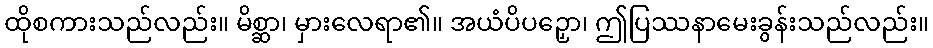
ထိုစကားသည်လည်း။ မိစ္ဆာ၊ မှားလေရာ၏။ အယံပိပဉှော၊ ဤပြဿနာမေးခွန်းသည်လည်း။